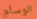
الوسام